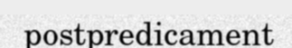
postpredicament